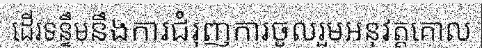
ដើរទន្ទឹមនឹងការជំរុញការចូលរួមអនុវត្តគោល